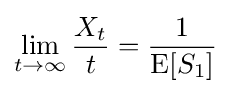
\lim _{t\to \infty }{\frac {X_{t}}{t}}={\frac {1}{\operatorname {E} [S_{1}]}}